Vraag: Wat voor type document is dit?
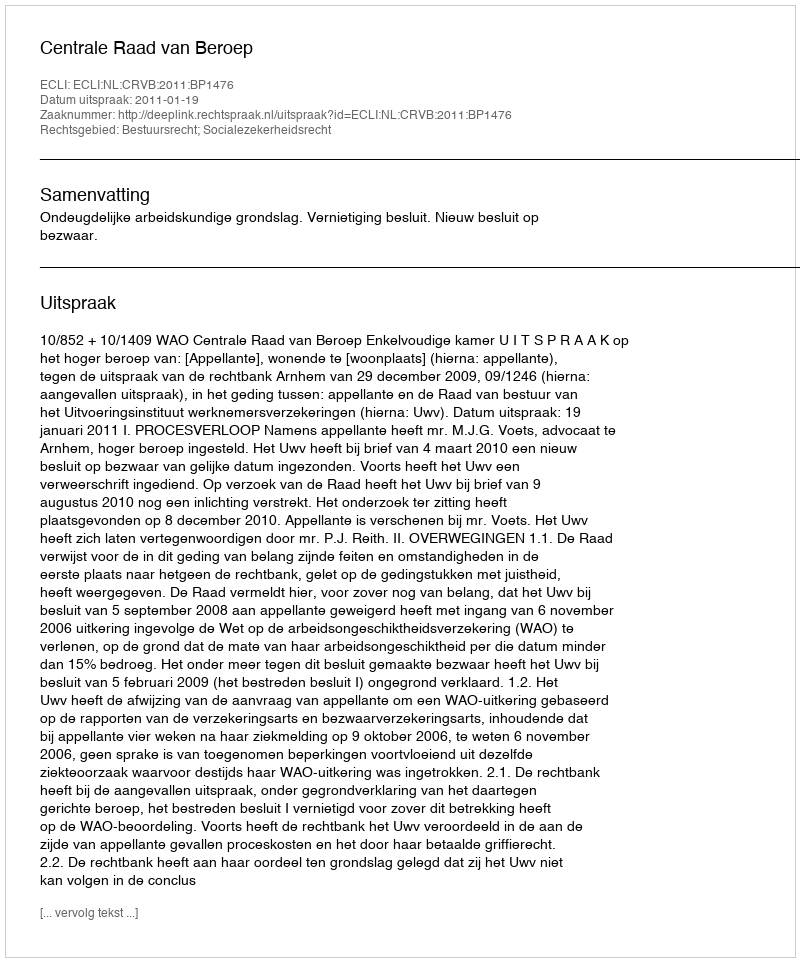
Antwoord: Uitspraak